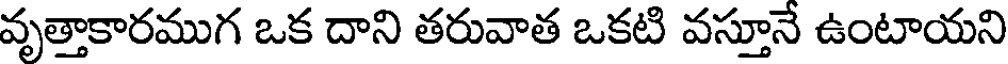
వృత్తాకారముగ ఒక దాని తరువాత ఒకటి వస్తూనే ఉంటాయని